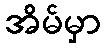
အိမ်မှာ